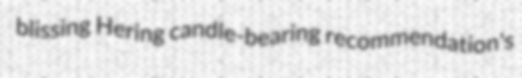
blissing Hering candle-bearing recommendation's